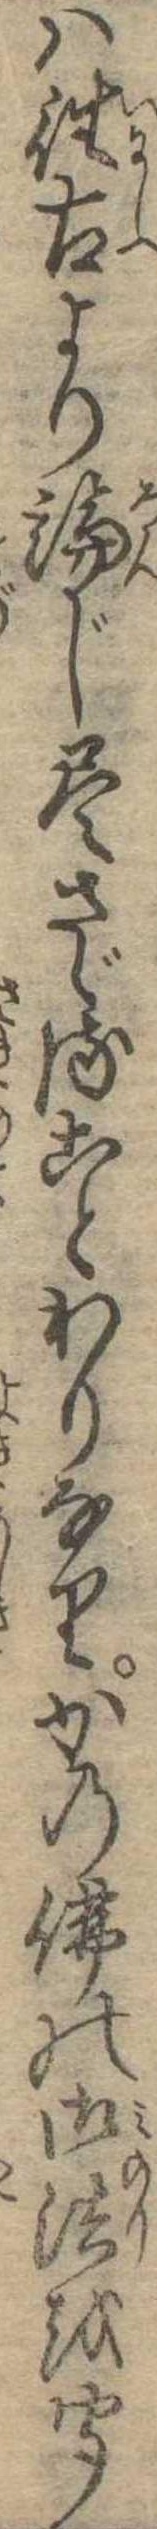
は往古より論じ尽さゞることわりなりかの仏の御法を聞